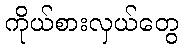
ကိုယ်စားလှယ်တွေ